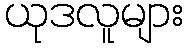
ယုဒလူများ